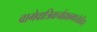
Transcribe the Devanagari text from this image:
वागेवात्रिवार्चाह्यन्नमद्यतेऽत्तिहर्